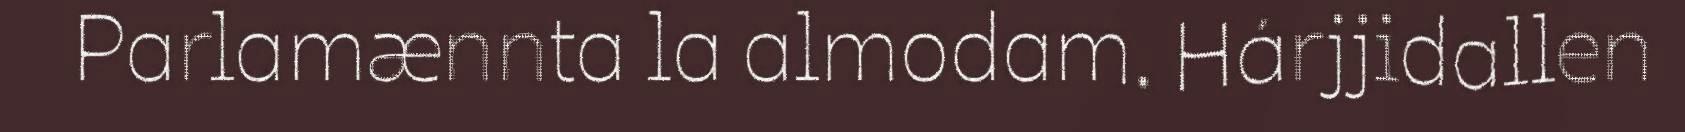
Parlamænnta la almodam. Hárjjidallen